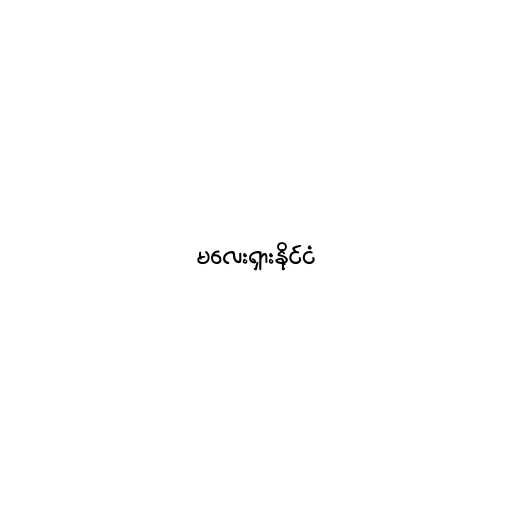
မလေးရှားနိုင်ငံ